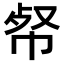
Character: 𢂺